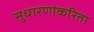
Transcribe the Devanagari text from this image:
सुधारणांकरिता